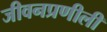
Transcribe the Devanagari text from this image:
जीवनप्रणीली